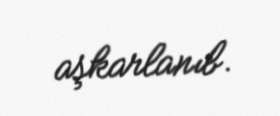
aşkarlanıb.